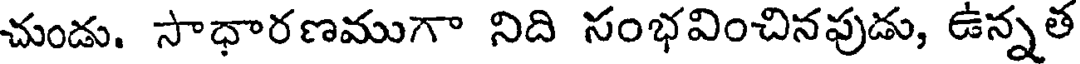
చుండు. సాధారణముగా నిది సంభవించినపుడు, ఉన్నత